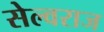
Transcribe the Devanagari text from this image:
सेल्वराज